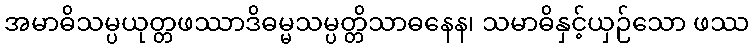
အမာဓိသမ္ပယုတ္တဖဿာဒိဓမ္မသမ္ပတ္တိသာဓနေန၊ သမာဓိနှင့်ယှဉ်သော ဖဿ